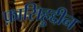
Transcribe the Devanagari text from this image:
फ़ासिहुद्दीन